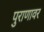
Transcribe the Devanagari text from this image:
पुराणावर